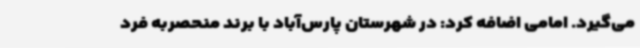
می‌گیرد. امامی اضافه کرد: در شهرستان پارس‌آباد با برند منحصربه فرد